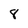
Character: 8